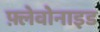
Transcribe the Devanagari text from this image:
फ़्लेवोनाइड